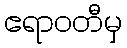
ဧရာဝတီမှ